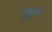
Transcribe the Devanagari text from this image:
सुबुरा